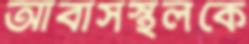
আবাসস্থলকে